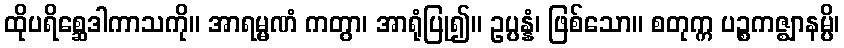
ထိုပရိစ္ဆေဒါကာသကို။ အာရမ္မဏံ ကတွာ၊ အာရုံပြု၍။ ဥပ္ပန္နံ၊ ဖြစ်သော။ စတုက္က ပဉ္စကဇ္ဈာနမ္ပိ၊